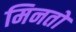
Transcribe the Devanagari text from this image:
मिनतो